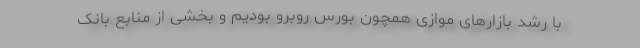
با رشد بازارهای موازی همچون بورس روبرو بودیم و بخشی از منابع بانک